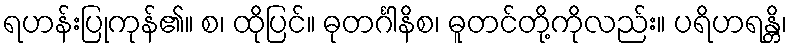
ရဟန်းပြုကုန်၏။ စ၊ ထိုပြင်။ ဓုတင်္ဂါနိစ၊ ဓူတင်တို့ကိုလည်း။ ပရိဟရန္တိ၊